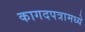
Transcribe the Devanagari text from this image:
कागदपत्रामध्ये